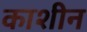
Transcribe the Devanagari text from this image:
काशीन